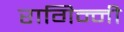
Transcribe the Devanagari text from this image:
रागिन्नी